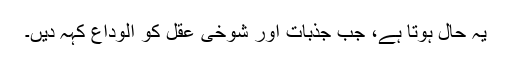
یہ حال ہوتا ہے، جب جذبات اور شوخی عقل کو الوداع کہہ دیں۔